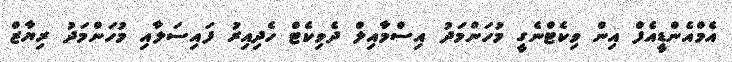
އެމްއެންޑީއެފް އިން ވިކެޓްނެގީ މުހަންމަދު އިސްމާއިލް ދެވިކެޓް ހެދިއިރު ފައިސަލާއި މުހަންމަދު ރިޔާޒް